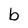
Character: b